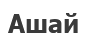
Ашай